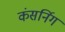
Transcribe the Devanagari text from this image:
कंसर्निग